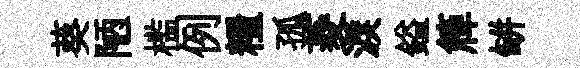
葵陋槛例糧孤菱淚鎰簰缾